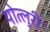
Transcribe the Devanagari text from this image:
पोत्लुरी